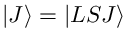
\ensuremath { \left| { J } \right\rangle } = \ensuremath { \left| { L S J } \right\rangle }